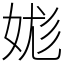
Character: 娏